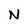
Character: N